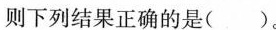
则下列结果正确的是( )。